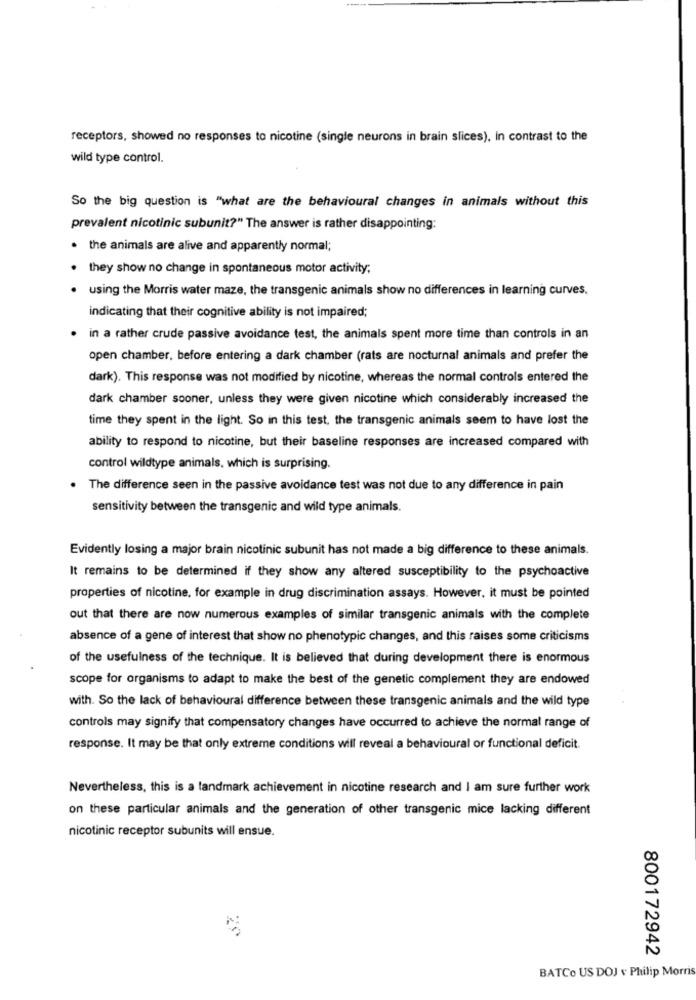
receptors, showed no responses to nicotine (single neurons in brain slices), in contrast to the
wild type control.
So the big question is "what are the behavioural changes in animals without this
prevalent nicotinic subunit?" The answer is rather disappointing:
. the animals are alive and apparently normal;
. they show no change in spontaneous motor activity;
. using the Morris water maze, the transgenic animals show no differences in learning curves.
indicating that their cognitive ability is not impaired;
in a rather crude passive avoidance test, the animals spent more time than controls in an
open chamber, before entering a dark chamber (rats are nocturnal animals and prefer the
dark). This response was not modified by nicotine, whereas the normal controls entered the
dark chamber sooner, unless they were given nicotine which considerably increased the
time they spent in the light. So in this test, the transgenic animals seem to have lost the
ability to respond to nicotine, but their baseline responses are increased compared with
control wildtype animals, which is surprising.
The difference seen in the passive avoidance test was not due to any difference in pain
sensitivity between the transgenic and wild type animals.
Evidently losing a major brain nicotinic subunit has not made a big difference to these animals.
It remains to be determined if they show any altered susceptibility to the psychoactive
properties of nicotine, for example in drug discrimination assays. However, it must be pointed
out that there are now numerous examples of similar transgenic animals with the complete
absence of a gene of interest that show no phenotypic changes, and this raises some criticisms
of the usefulness of the technique. It is believed that during development there is enormous
scope for organisms to adapt to make the best of the genetic complement they are endowed
with. So the lack of behavioural difference between these transgenic animals and the wild type
controls may signify that compensatory changes have occurred to achieve the normal range of
response. It may be that only extreme conditions will reveal a behavioural or functional deficit.
Nevertheless, this is a landmark achievement in nicotine research and I am sure further work
on these particular animals and the generation of other transgenic mice lacking different
nicotinic receptor subunits will ensue.
800172942
BATCo US DOJ v Philip Morris